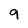
Character: 9